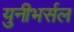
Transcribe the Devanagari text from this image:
युनीभर्सल